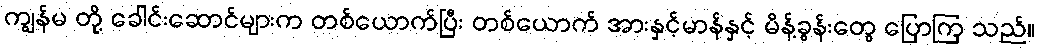
ကျွန်မ တို့ ခေါင်းဆောင်များက တစ်ယောက်ပြီး တစ်ယောက် အားနှင့်မာန်နှင့် မိန့်ခွန်းတွေ ပြောကြ သည်။